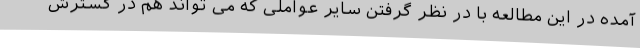
آمده در این مطالعه با در نظر گرفتن سایر عواملی که می تواند هم در گسترش